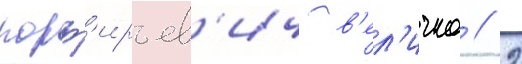
порф'ирьев'ич в'ел'ичко // 2